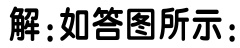
解：如答图所示：